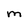
Character: M